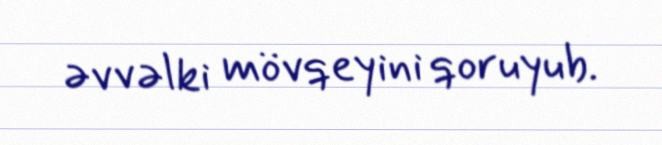
əvvəlki mövqeyini qoruyub.